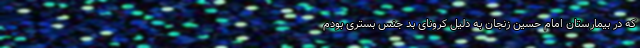
که در بیمارستان امام حسین زنجان به دلیل کرونای بد جنس بستری بودم